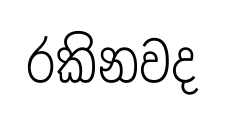
රකිනවද